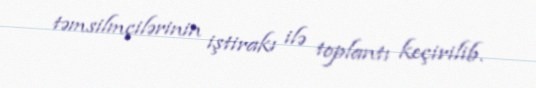
təmsilmçilərinin iştirakı ilə toplantı keçirilib.